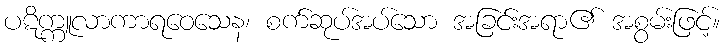
ပဋိက္ကူလာကာရဝေသေန၊ စက်ဆုပ်အပ်သော အခြင်းအရာ၏ အစွမ်းဖြင့်။